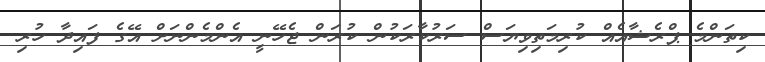
ކިތަންމެ ޕްރެޝާއެއް ކުރިމަތިވިޔަސް ސަރުކާރަކުން ކުރަން ޖެހޭނީ އެންމެންނަށް އޭގެ ފައިދާ ހުރި